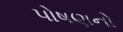
પોષણનો